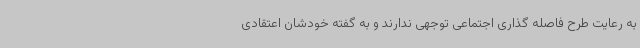
به رعایت طرح فاصله گذاری اجتماعی توجهی ندارند و به گفته خودشان اعتقادی